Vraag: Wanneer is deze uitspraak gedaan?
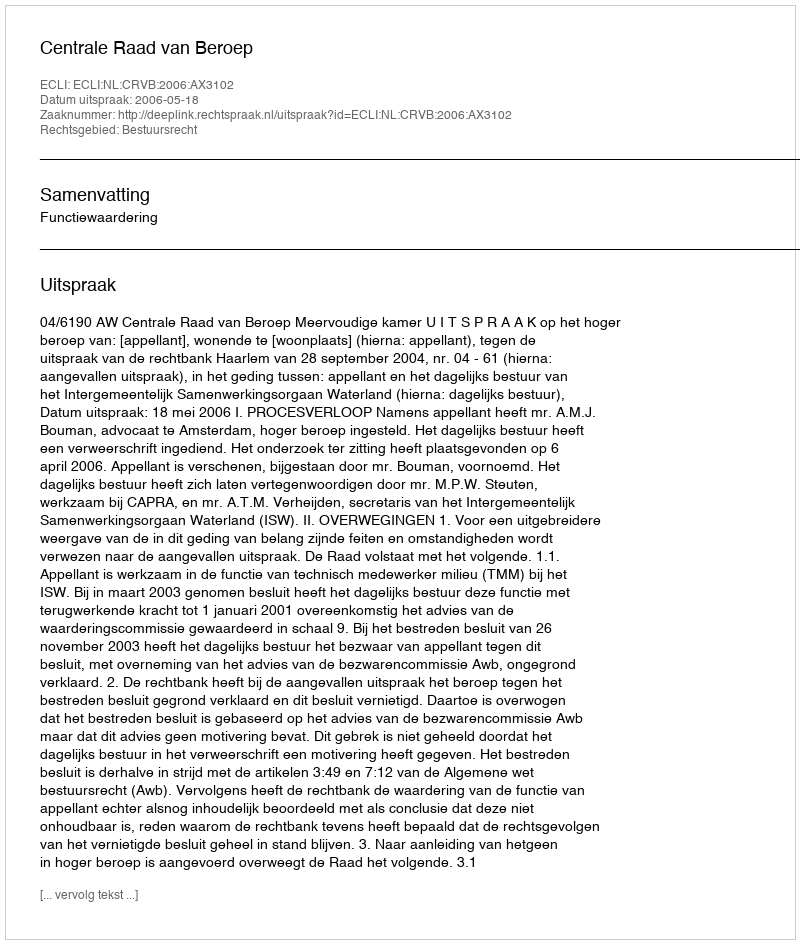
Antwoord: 2006-05-18